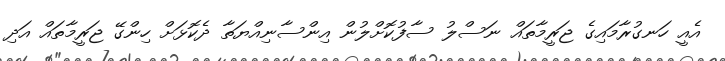
އެއީ ހަނގުރާމައިގެ ޖަރީމާތައް ނަސްލު ސާފުކޮށްލުން އިންސާނިއްޔަތާ ދެކޮޅަށް ހިންގޭ ޖަރީމާތައް އަދި